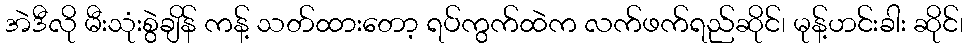
အဲဒီလို မီးသုံးစွဲချိန် ကန့် သတ်ထားတော့ ရပ်ကွက်ထဲက လက်ဖက်ရည်ဆိုင်၊ မုန့်ဟင်းခါး ဆိုင်၊